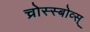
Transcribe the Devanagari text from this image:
च्रोस्स्बोव्स्